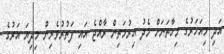
އަދި މިއަހަރުގެ މިހާތަނަށް މެދު އިރުމަތިން ރާއްޖެ އައި ފަތުރުވެރިން މިދިޔަ އަަރުގެ